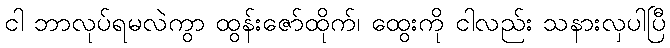
ငါ ဘာလုပ်ရမလဲကွာ ထွန်းဇော်ထိုက်၊ ထွေးကို ငါလည်း သနားလှပါပြီ